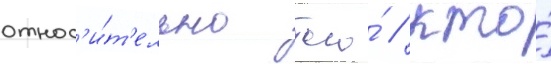
относ'и́т'ельно того́ / кто́